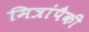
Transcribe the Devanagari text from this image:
मित्रांपैकी